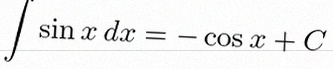
\int \sin x\,dx=-\cos x+C